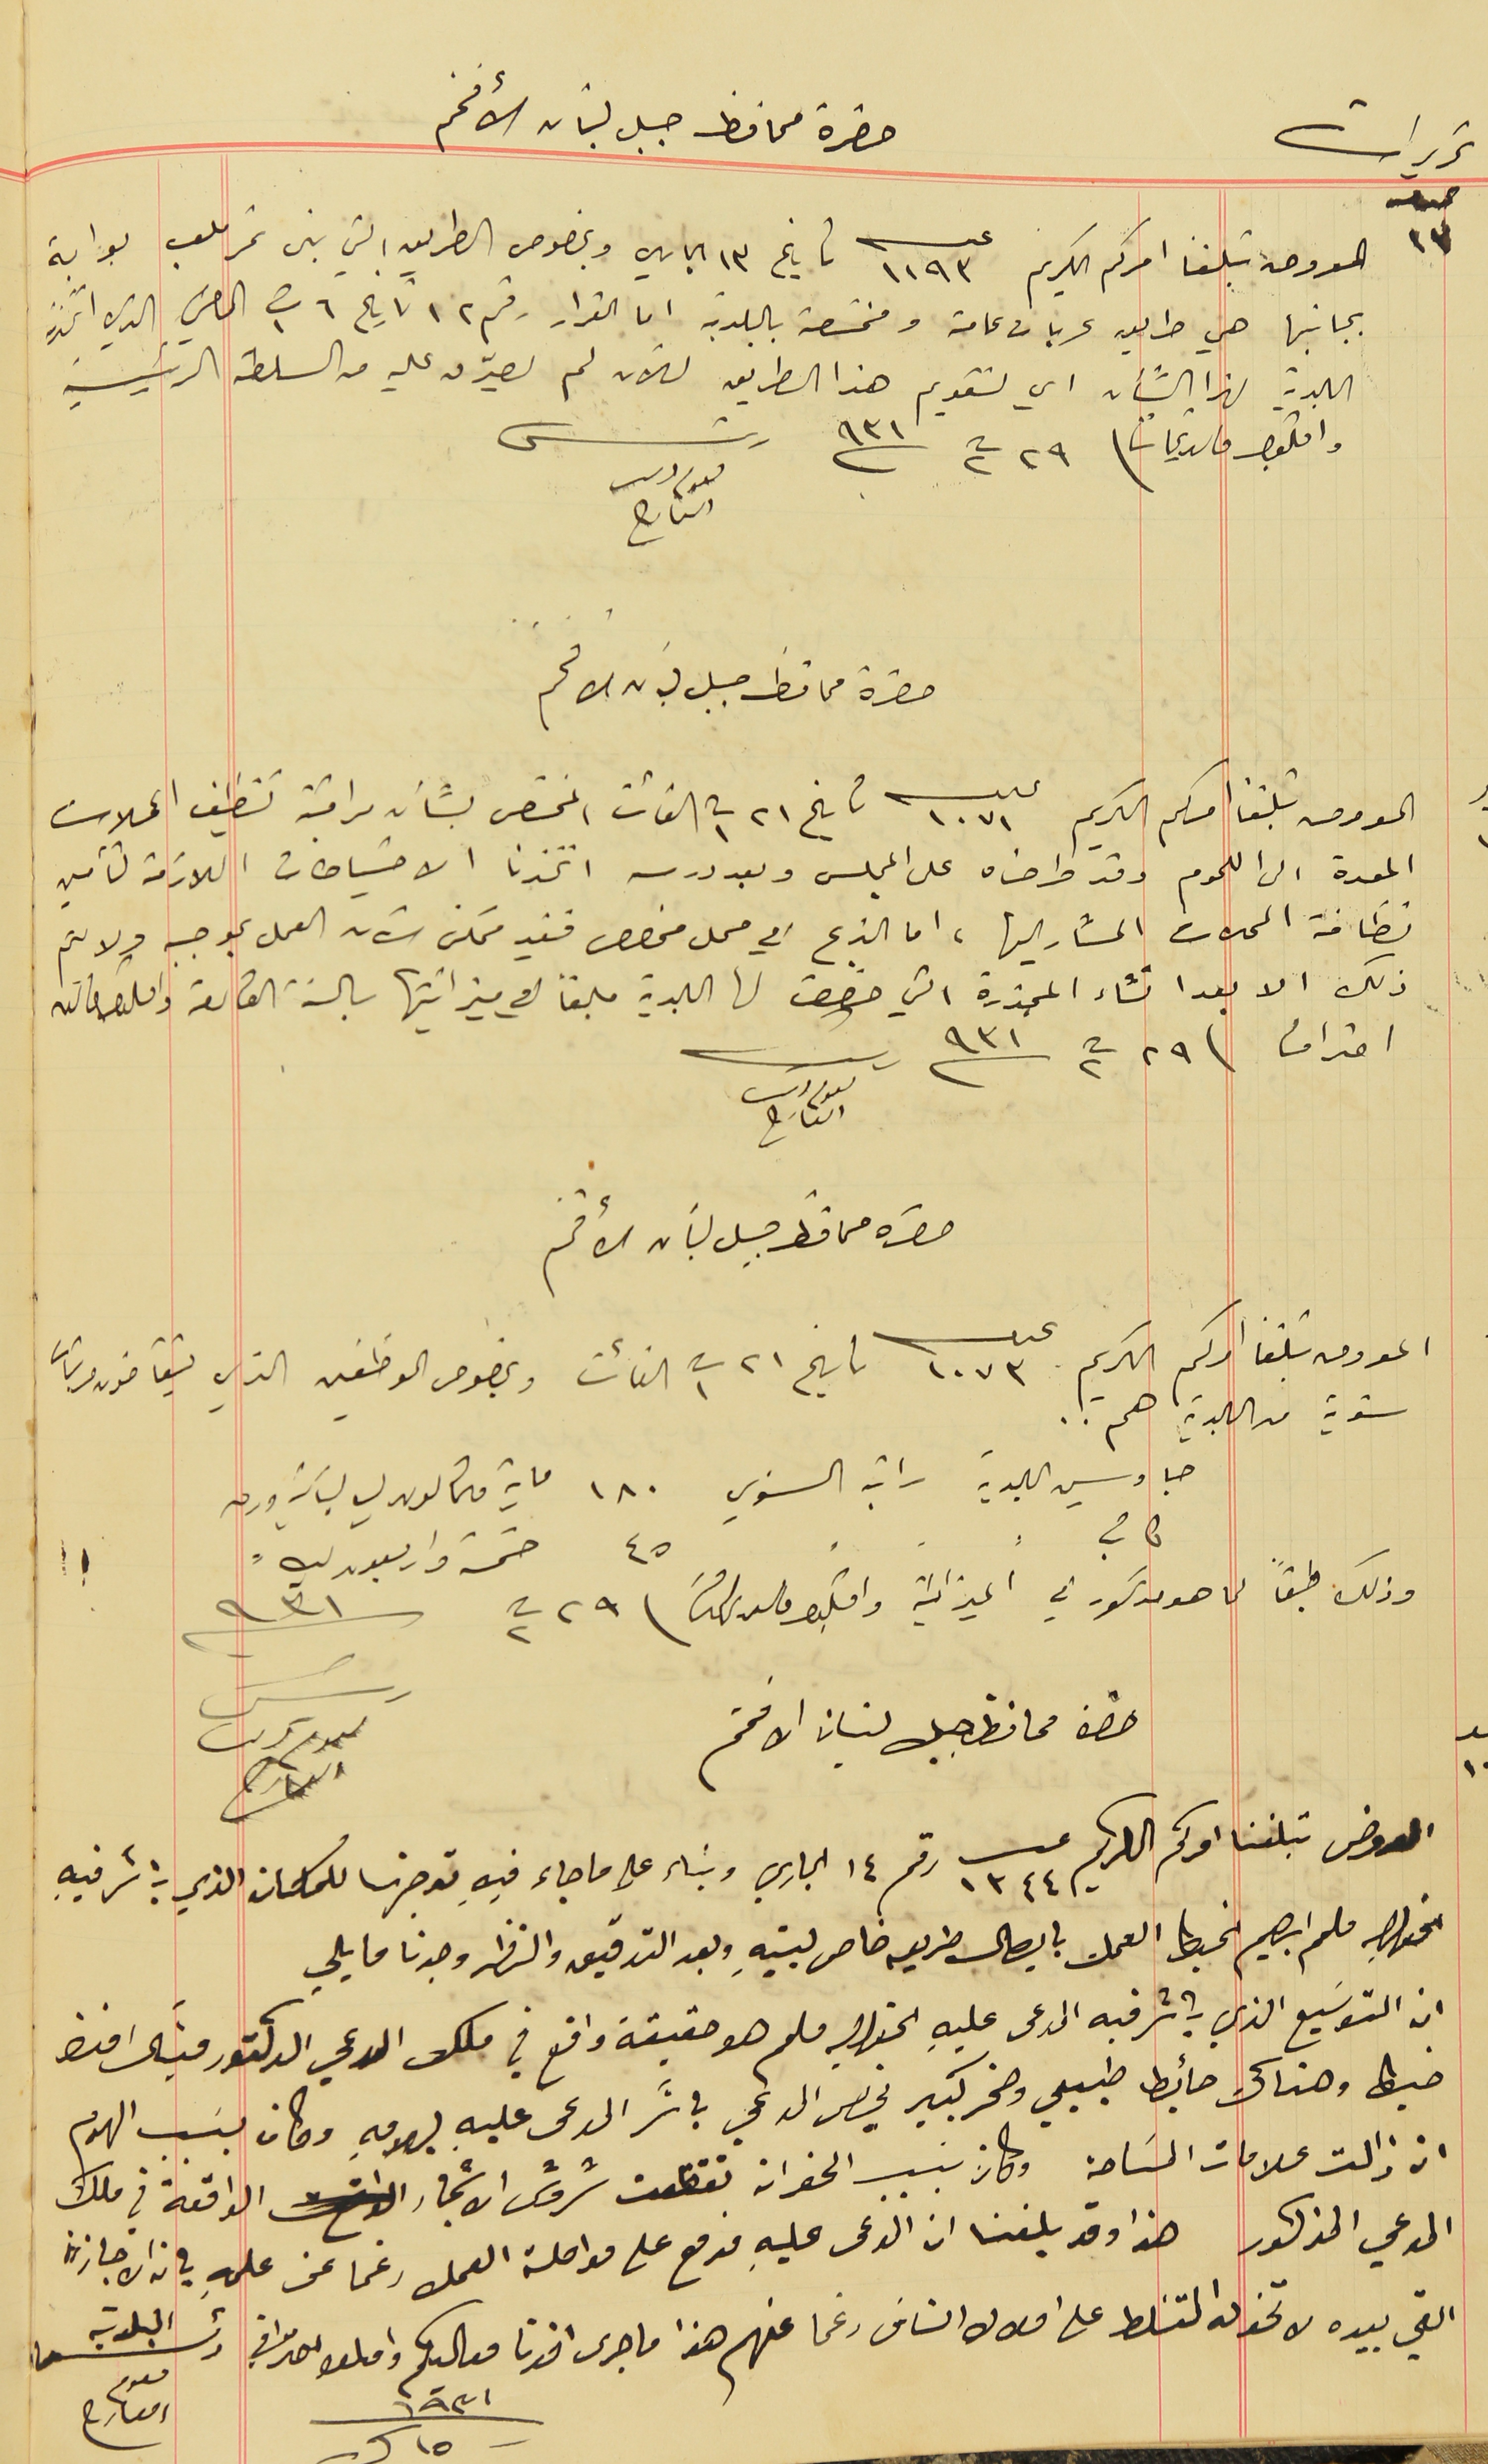
حضرة محافظ جبل الأفخم
المعروض تبلغنا امركم الكريم عدد ١١٩٣ تاريخ ١٣ الجاري وبخصوص الطريق التي بنى نمر ملعب بوابة
بجانبها هي طريق عربات عامة ومختصة بالبلدية اما القرار رقم ١٢ تاريخ ٦ ت١ الماضي الذي اتخذته
البلدية لهذا الشأن اي لتقويم هذا الطريق للآن لم يصدّق عليه من السلطة الرئيسية
واقبلوا فاىق تحياتنا فى ٢٩ ت٢ سنة ٩٣١
 ا
 حضرة محافظ جبل لبنان الافخم
المعروض تبلغنا امركم الكريم عدد ١٠٧١ تاريخ ٢١ ت١ الفائت المختص بشأن مراقبة تنظيف المحلات
المعدة الى اللحوم وقد طرحناه على المجلس وبعد درسه اتخذنا الاحتياطات اللازمة لتأمين
نظافة المحلات المشار اليها، اما الذبح في محل مخصص فغير ممكن الآن العمل بموجبه ولا تم
ذلك الا بعد انشاء المجزرة التي خصصت لها البلدية مبلغاً في ميزانيتها بالسنة القادمة واقبلوا فاىق
احترامنا فى ٢٩ ت٢ سنة ٩٣١
رىس ىعوم دىب العارح
حضرة محافظ جبل لبنان الأفخم
المعروض تبلغنا امركم الكريم عدد ١٠٧٣ تاريخ ٢١ ت١ الفائت وبخصوص الموظفين الذي يتقاضون مرتبات
جاويس البلدية راتبه السنوي ١٨٠ ماية وثمانون ليره لبنانية ورق
وذلك طبقاً لما هو مدكور في الميزانيةواقبلو حالس تحاتنا فى ٢٩ ت٢ سنة ٩٣١
 حضرة محافظ جبل لبنان الافخم
رىس ىعوم دىب العارح
المعروض تبلغنا امركم الكريم عدد ١٣٤٤ رقم ١٤ الجاري وبناء على ما جاء فيهِ توجهنا للمكان الذي باشر فيهِ
الخواجه ملحم ابرهيم الخياط العمل بايصال طريعه خاص لبيتهِ وبعد التدقيق والنظر وجدنا ما يلي
ان التوسَيع الذي باشر فيه المدعى عليهِ الخواجه ملحم هو حقيقة واقع في ملك المدعي الدكتور ميشال افندى
خياط وهناك حائط طبيعي وصخر كبير يخص المدعي باشر المدعى عليه بهدمهِ وكان بسَبب الهدم
ان زالت علامات المسَاحة وكان بسبب الحفر ان تقطعت شروش الاشجار الواقعة في ملك
المدعي المذكور هذا وقد بلغنا ان المدعى عليهِ مزمع على مواصلة العمل رغما عن علمهِ بان الاجازة
التي بيده لا تخوله التسَلط على املاك الناسَ رغما عنهم هذا ما جرى افدنا معاليكم واقىلوا احترامي
رئىس البلدية ىعوم العارح
١٥ ك سنة ١٩٣١
تحريرات عدد ١٧
رئىس ىعوم دىب العارح
كاتب ⸗ ⸗ ⸗ ٤٥ خمسة واربعون ليره ⸗
سنوية من البلدية هم . .